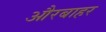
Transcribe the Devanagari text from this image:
औरबाहर